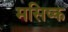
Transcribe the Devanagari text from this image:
मसिष्क